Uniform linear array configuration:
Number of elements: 8
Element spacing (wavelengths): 0.25
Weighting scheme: hann
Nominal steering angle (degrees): -60
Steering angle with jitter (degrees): -61.311
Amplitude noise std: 0.05
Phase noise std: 0.05

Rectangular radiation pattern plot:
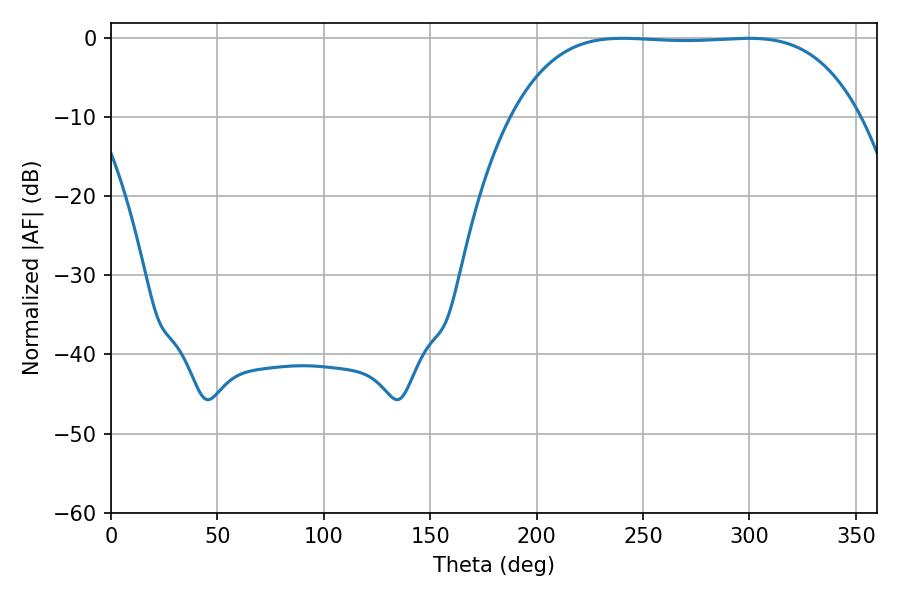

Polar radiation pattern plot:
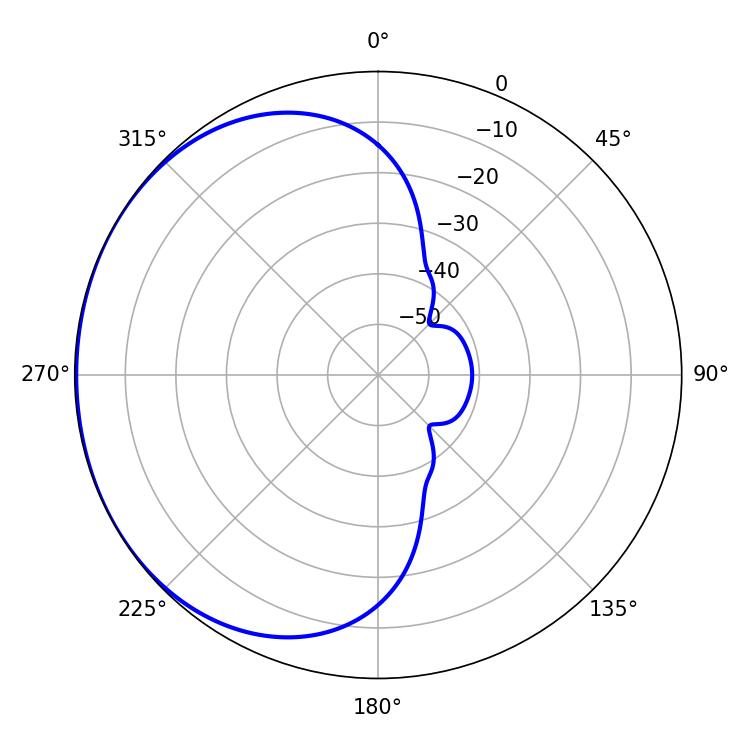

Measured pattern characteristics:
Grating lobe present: FALSE
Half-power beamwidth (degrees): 126.36
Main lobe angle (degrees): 240.48